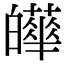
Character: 𤾴